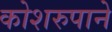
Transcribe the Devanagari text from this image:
कोशरुपाने